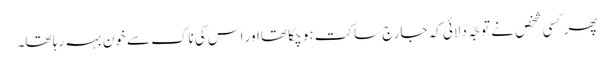
پھر کسی شخص نے توجّہ دلائی کہ جارج ساکت ہو چکا تھا اور اس کی ناک سے خون بہہ رہا تھا۔